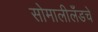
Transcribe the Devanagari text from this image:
सोमालीलँडचे